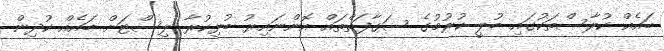
ބައެއް ކުލާސްތަކުގައި ބުލީ ކުރުމުގެ ސަގާފަތްތައް އޮންނައިރު ބުޅިކުރާ ލިސްޓަށް ބައެއް ކުދިން